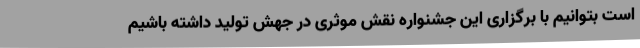
است بتوانیم با برگزاری این جشنواره نقش موثری در جهش تولید داشته باشیم